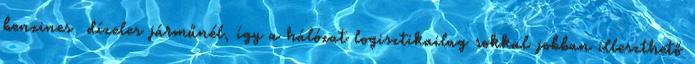
benzines dízeles járműnél, így a hálózat logisztikailag sokkal jobban illeszthető